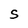
Character: S